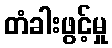
တံခါးဖွင့်မှု